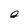
Character: g